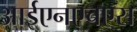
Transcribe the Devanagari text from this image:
आईएनएचएस